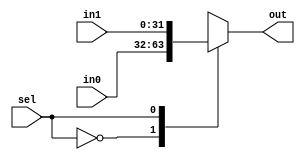
`timescale 1ns / 1ps
//////////////////////////////////////////////////////////////////////////////////
// Company: 
// Engineer: 
// 
// Design Name: 
// Module Name:    MUX 
// Project Name: 
// Target Devices: 
// Tool versions: 
// Description: 
//
// Dependencies: 
//
// Revision: 
// Revision 0.01 - File Created
// Additional Comments: 
//
//////////////////////////////////////////////////////////////////////////////////
module MUX_2_32(
	input [31:0] in0,
	input [31:0] in1,
	input sel,
	output reg [31:0] out
    );
	always@(*) begin
		case(sel)
			1'b0: out = in0;
			1'b1: out = in1;
			default: out = 32'h00000000;
		endcase
	end
endmodule

module MUX_4_5(
	input [4:0] in0,
	input [4:0] in1,
	input [4:0] in2,
	input [4:0] in3,
	input [1:0] sel,
	output reg [4:0] out
    );
	always@(*) begin
		case(sel)
			2'b00: out = in0;
			2'b01: out = in1;
			2'b10: out = in2;
			2'b11: out = in3;
			default: out = 5'b00000;
		endcase
	end
endmodule

module MUX_4_32(
	input [31:0] in0,
	input [31:0] in1,
	input [31:0] in2,
	input [31:0] in3,
	input [1:0] sel,
	output reg [31:0] out
    );
	always@(*) begin
		case(sel)
			2'b00: out = in0;
			2'b01: out = in1;
			2'b10: out = in2;
			2'b11: out = in3;
			default: out = 32'h00000000;
		endcase
	end
endmodule